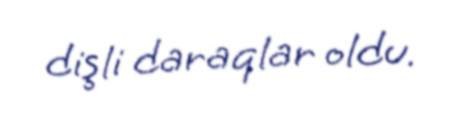
dişli daraqlar oldu.